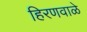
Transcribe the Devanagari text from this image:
हिरणवाळे